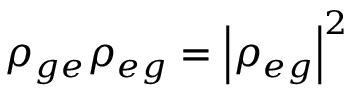
\rho _ { g e } \rho _ { e g } = \left| \rho _ { e g } \right| ^ { 2 }